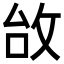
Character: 𢼉